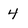
Character: 4